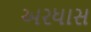
અરધાસ